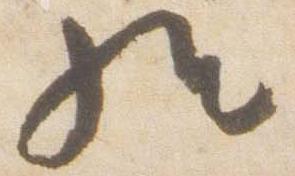
経